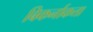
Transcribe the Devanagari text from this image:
बिकर्नाकत्ता